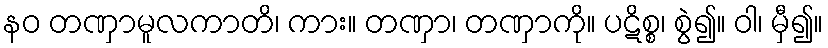
နဝ တဏှာမူလကာတိ၊ ကား။ တဏှာ၊ တဏှာကို။ ပဋိစ္စ၊ စွဲ၍။ ဝါ၊ မှီ၍။